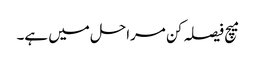
میچ فیصلہ کن مراحل میں ہے۔